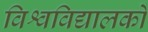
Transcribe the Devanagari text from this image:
विश्वविद्यालकों